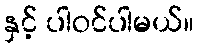
နှင့် ပါဝင်ပါမယ်။